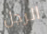
الرجل